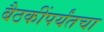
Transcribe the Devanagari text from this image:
बैठकींपर्यंतचा